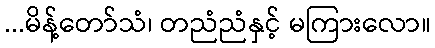
...မိန့်တော်သံ၊ တညံညံနှင့် မကြားလော။